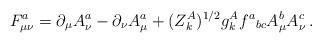
LaTeX: \begin{align*}F^a_{\mu\nu} = \partial_\mu A^a_\nu - \partial_\nu A^a_\mu + (Z^A_k)^{1/2} g^A_k f^a{}_{bc}A^b_\mu A^c_\nu \:. \end{align*}